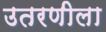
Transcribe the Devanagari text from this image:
उतरणीला